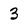
Character: 3